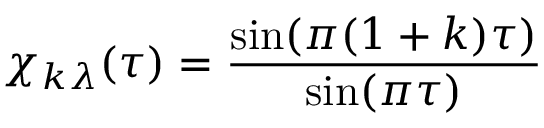
\chi _ { k \lambda } ( \tau ) = \frac { \sin ( \pi ( 1 + k ) \tau ) } { \sin ( \pi \tau ) }